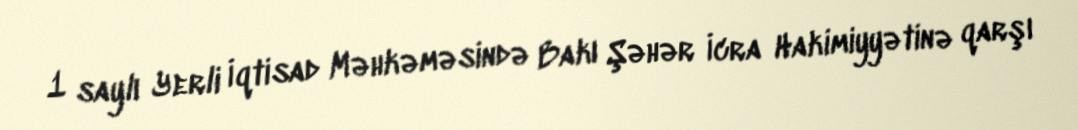
1 saylı Yerli İqtisad Məhkəməsində Bakı Şəhər İcra Hakimiyyətinə qarşı